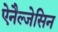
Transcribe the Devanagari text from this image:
ऐनैल्जेसिन